Report of the Hyderabad Chloroform Commission
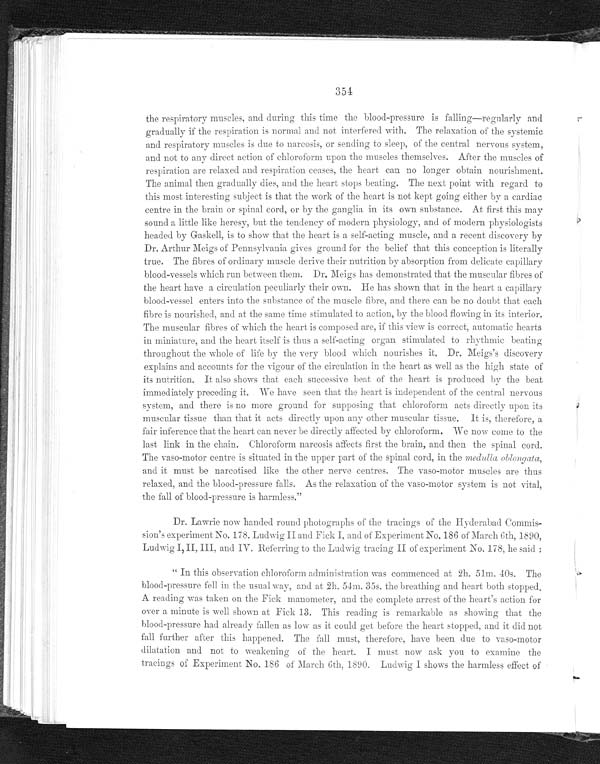
354
the respiratory muscles, and during this time the blood-pressure is falling—regularly and
gradually if the respiration is normal and not interfered with. The relaxation of the systemic
and respiratory muscles is due to narcosis, or sending to sleep, of the central nervous system,
and not to any direct action of chloroform upon the muscles themselves. After the muscles of
respiration are relaxed and respiration ceases, the heart can no longer obtain nourishment.
The animal then gradually dies, and the heart stops beating. The next point with regard to
this most interesting subject is that the work of the heart is not kept going either by a cardiac
centre in the brain or spinal cord, or by the ganglia in its own substance. At first this may
sound a little like heresy, but the tendency of modern physiology, and of modern physiologists
headed by Gaskell, is to show that the heart is a self-acting muscle, and a recent discovery by
Dr. Arthur Meigs of Pennsylvania gives ground for the belief that this conception is literally
true. The fibres of ordinary muscle derive their nutrition by absorption from delicate capillary
blood-vessels which run between them. Dr. Meigs has demonstrated that the muscular fibres of
the heart have a circulation peculiarly their own. He has shown that in the heart a
capillary blood-vessel enters into the substance of the muscle fibre, and there can be no doubt that each
fibre is nourished, and at the same time stimulated to action, by the blood flowing in its interior.
The muscular fibres of which the heart is composed are, if this view is correct, automatic hearts
in miniature, and the heart itself is thus a self-acting organ stimulated to rhythmic beating
throughout the whole of life by the very blood wihch nourishes it. Dr. Meigs's discovery
explains and accounts for the vigour of the circulation in the heart as well as the high state of
its nutrition. It also shows that each successive beat of the heart is produced by the beat
immediately preceding it. We have seen that the heart is independent of the central nervous
system, and there is no more ground for supposing that chloroform acts directly upon its
muscular tissue than that it acts directly upon any other muscular tissue. It is, therefore, a
fair inference that the heart can never be directly affected by chloroform. We now come to the
last link in the chain. Chloroform narcosis affects first the brain, and then the spinal cord.
The vaso-motor centre is situated in the upper part of the spinal cord, in the medulla oblongata,
and it must be narcotised like the other nerve centres. The vaso-motor muscles are thus
relaxed, and the blood-pressure falls. As the relaxation of the vaso-motor system is not vital,
the fall of blood-pressure is harmless."
Dr. Lawrie now handed round photographs of the tracings of the Hyderabad Commis-
sion's experiment No. 178. Ludwig II and Fick I, and of Experiment No. 186 of March 6th, 1890,
Ludwig I, II, III, and IV. Referring to the Ludwig tracing II of experiment No. 178, he said :
" In this observation chloroform administration was commenced at 2h. 51m. 40s. The
blood-pressure fell in the usual way, and at 2h. 54m. 35s. the breathing and heart both stopped.
A reading was taken on the Fick manometer, and the complete arrest of the heart's action for
over a minute is well shown at Fick 13. This reading is remarkable as showing that the
blood-pressure had already fallen as low as it could get before the heart stopped, and it did not
fall further after this happened. The fall must, therefore, have been due to vaso-motor
dilatation and not to weakening of the heart. I must now ask you to examine the
tracings of Experiment No. 186 of March 6th, 1890. Ludwig I shows the harmless effect of